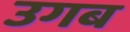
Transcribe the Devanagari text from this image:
उगब